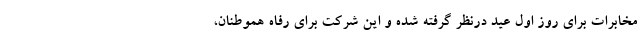
مخابرات برای روز اول عید درنظر گرفته شده و این شرکت برای رفاه هموطنان،